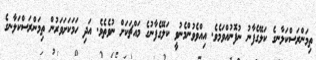
ތިމަންރަސްކަލާނގެ ކަލޭގެފާނު ނުފޮނުއްވަމެވެ. އިއްވެވުންމެނުވީ ކަލޭގެފާނުގެ މައްޗަކަށް ނުވެތެވެ. އަދި ހަމަކަށަވަރުން ތިމަންރަސްކަލާނގެ